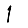
Digit: 1